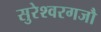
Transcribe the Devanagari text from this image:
सुरेश्वरगजौ